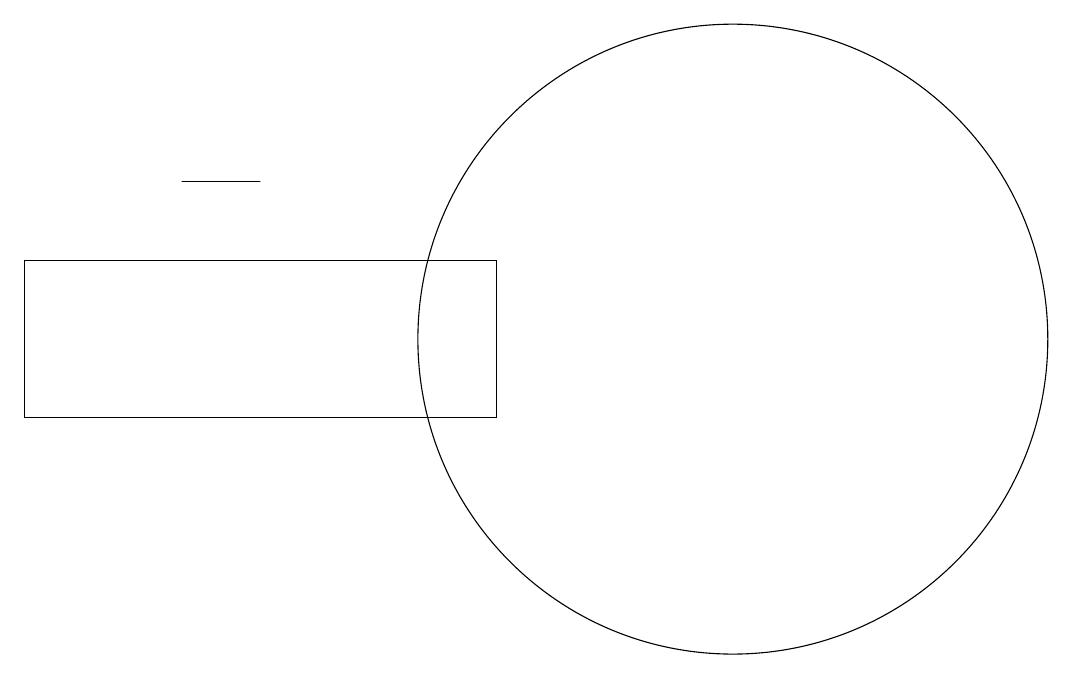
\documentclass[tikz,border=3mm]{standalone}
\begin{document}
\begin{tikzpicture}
\draw (1,10) rectangle (7,12);
\draw (10,11) circle (4);
\draw (4,13) rectangle (3,13);
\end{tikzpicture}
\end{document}